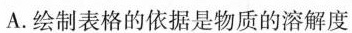
A.绘制表格的依据是物质的溶解度